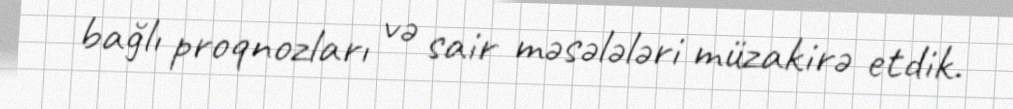
bağlı proqnozları və sair məsələləri müzakirə etdik.